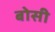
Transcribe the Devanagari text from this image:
बोसी